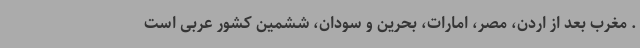
. مغرب بعد از اردن، مصر، امارات، بحرین و سودان، ششمین کشور عربی است